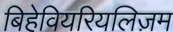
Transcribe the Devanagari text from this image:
बिहेवियरियलिज़म